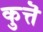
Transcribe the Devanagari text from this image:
कुत्तॆ